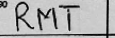
Transcription: RMT